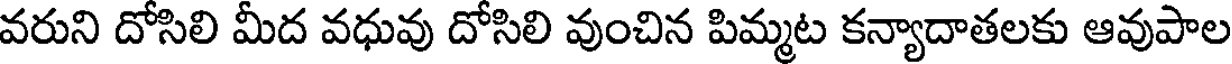
వరుని దోసిలి మీద వధువు దోసిలి వుంచిన పిమ్మట కన్యాదాతలకు ఆవుపాల